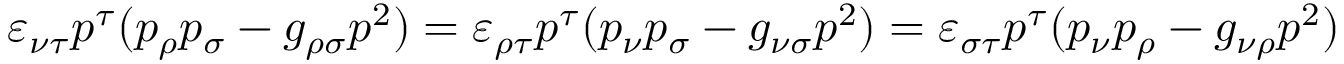
\varepsilon _ { \nu \tau } p ^ { \tau } ( p _ { \rho } p _ { \sigma } - g _ { \rho \sigma } p ^ { 2 } ) = \varepsilon _ { \rho \tau } p ^ { \tau } ( p _ { \nu } p _ { \sigma } - g _ { \nu \sigma } p ^ { 2 } ) = \varepsilon _ { \sigma \tau } p ^ { \tau } ( p _ { \nu } p _ { \rho } - g _ { \nu \rho } p ^ { 2 } )